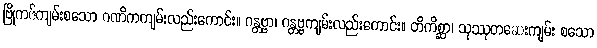
ဗြိုကဇ်ကျမ်းစသော ဂဏိကကျမ်းလည်းကောင်း။ ဂန္တဗ္ဗာ၊ ဂန္တဗ္ဗကျမ်းလည်းကောင်း။ တိကိစ္ဆာ၊ သုဿုတဆေးကျမ်း စသော